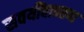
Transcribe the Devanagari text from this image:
सवयींबाबतचा